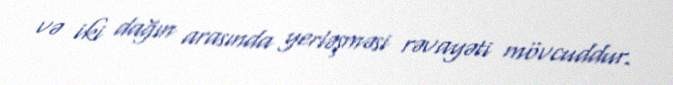
və iki dağın arasında yerləşməsi rəvayəti mövcuddur.